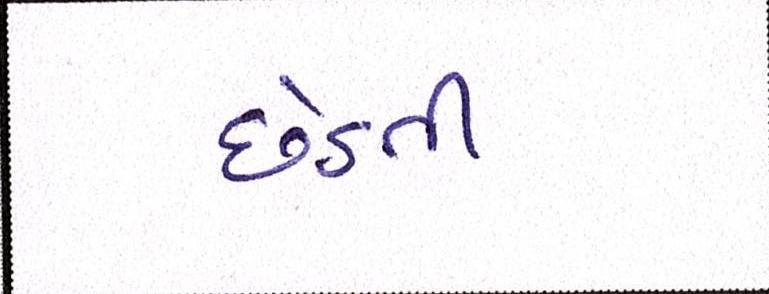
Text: છેડતી